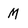
Character: M